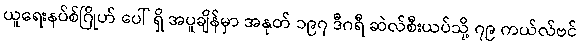
ယူရေးနပ်စ်ဂြိုဟ် ပေါ် ရှိ အပူချိန်မှာ အနုတ် ၁၉၇ ဒီဂရီ ဆဲလ်စီးယပ်သို့ ၇၉ ကယ်လ်ဗင်